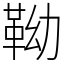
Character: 靿